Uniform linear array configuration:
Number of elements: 12
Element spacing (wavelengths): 0.25
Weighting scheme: cosine
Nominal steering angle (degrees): -30
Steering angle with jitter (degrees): -28.862
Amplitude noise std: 0.05
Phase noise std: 0.05

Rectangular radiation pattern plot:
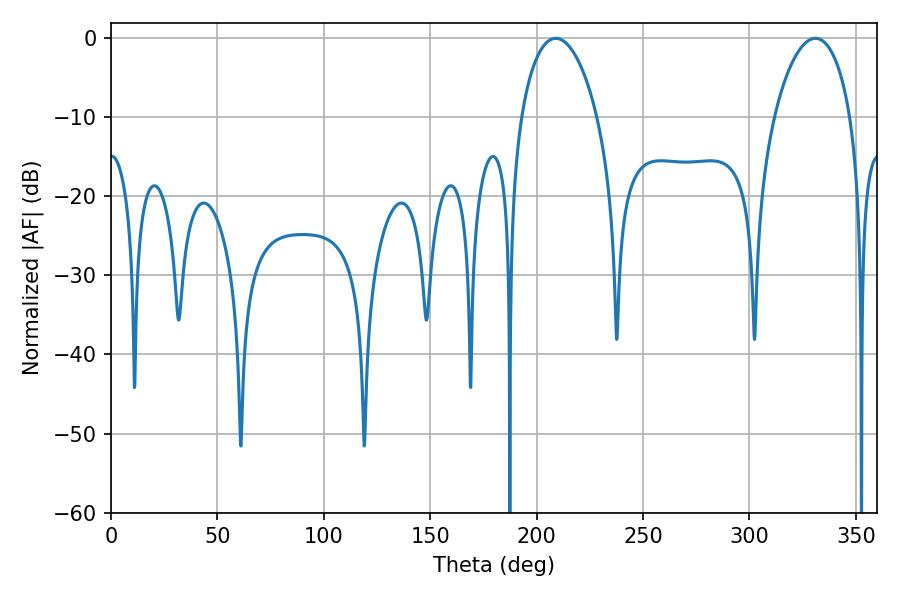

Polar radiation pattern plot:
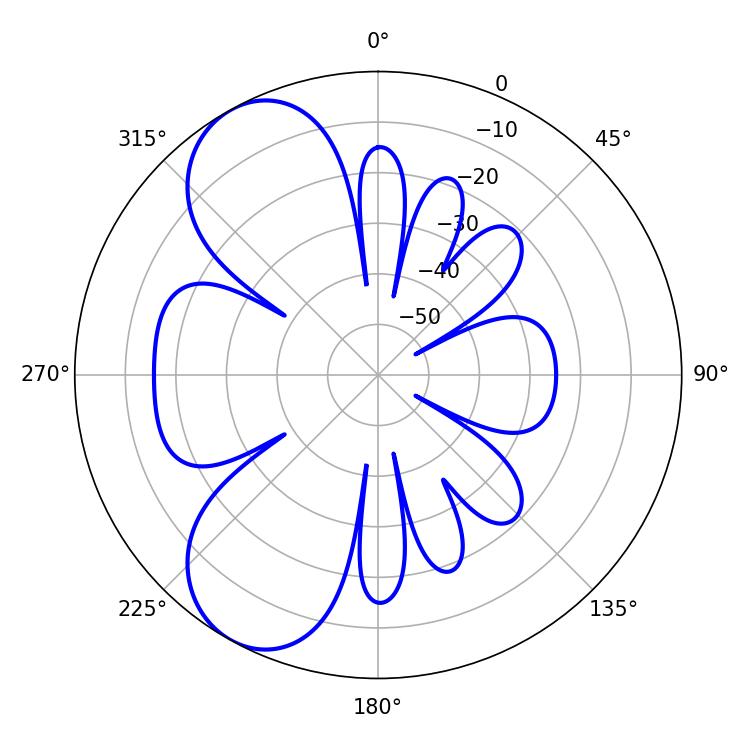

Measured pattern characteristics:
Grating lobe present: FALSE
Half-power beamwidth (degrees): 20.52
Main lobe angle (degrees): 208.98